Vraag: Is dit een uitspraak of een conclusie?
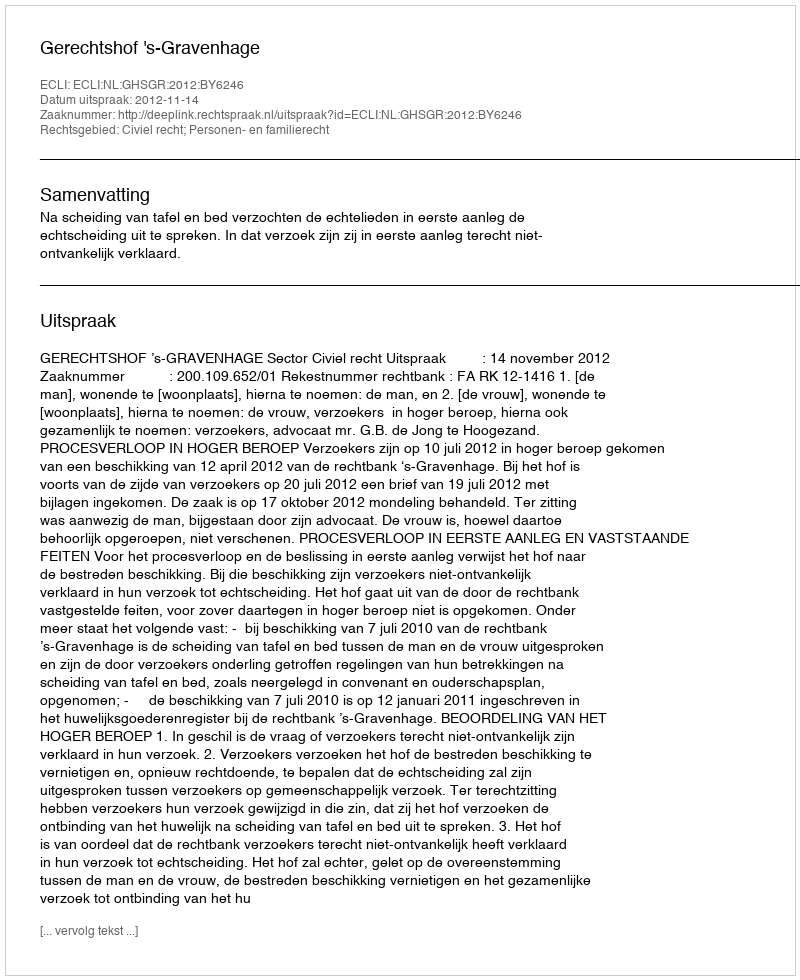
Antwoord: Uitspraak